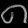
Digit: ၈